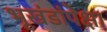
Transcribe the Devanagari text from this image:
भूखंडांपेक्षा